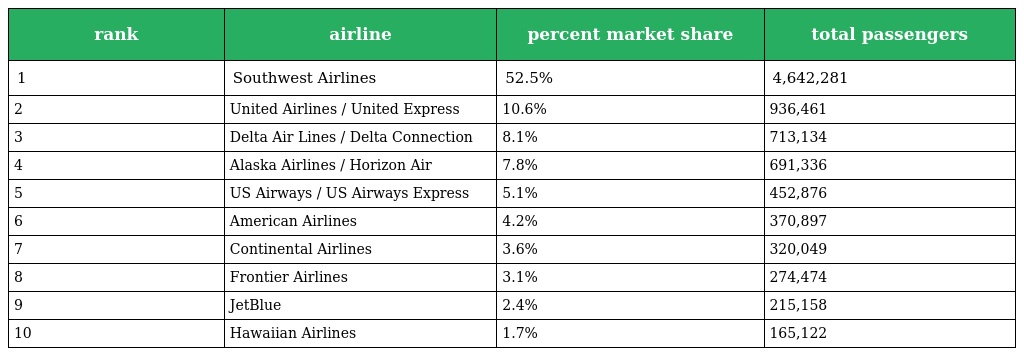
| rank | airline | percent market share | total passengers |
 | --- | --- | --- | --- |
 | 1 | Southwest Airlines | 52.5% | 4,642,281 |
 | 2 | United Airlines / United Express | 10.6% | 936,461 |
 | 3 | Delta Air Lines / Delta Connection | 8.1% | 713,134 |
 | 4 | Alaska Airlines / Horizon Air | 7.8% | 691,336 |
 | 5 | US Airways / US Airways Express | 5.1% | 452,876 |
 | 6 | American Airlines | 4.2% | 370,897 |
 | 7 | Continental Airlines | 3.6% | 320,049 |
 | 8 | Frontier Airlines | 3.1% | 274,474 |
 | 9 | JetBlue | 2.4% | 215,158 |
 | 10 | Hawaiian Airlines | 1.7% | 165,122 |